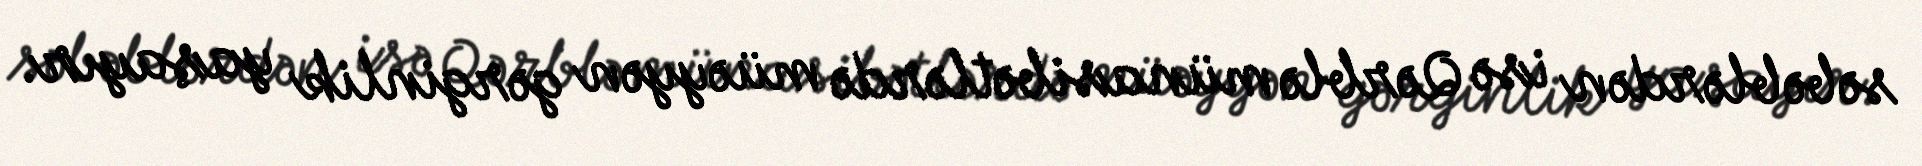
səbəblərdən isə Qərblə münasibətlərdə müəyyən gərginlik yaşayır.